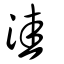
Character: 洼